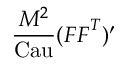
\frac { M ^ { 2 } } { \mathrm { C a u } } ( \ensuremath { \boldsymbol { F } } \ensuremath { \boldsymbol { F } } ^ { T } ) ^ { \prime }